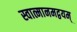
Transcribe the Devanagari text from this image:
स्वात्मानमद्वयम्